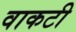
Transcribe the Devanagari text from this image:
वाकटी